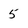
Character: 5